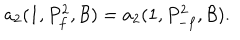
a _ { 2 } ( 1 , P _ { f } ^ { 2 } , { \mathcal B } ) = a _ { 2 } ( 1 , P _ { - f } ^ { 2 } , { \mathcal B } ) .